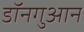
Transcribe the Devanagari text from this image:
डॉनगुआन